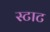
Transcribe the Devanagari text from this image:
स्टाट